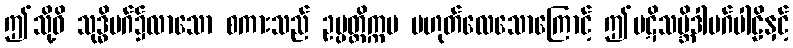
ဤသို့ဝိ သုဒ္ဓိမဂ်၌လာသော စကားသည် ဥပ္ပတ္တိက္ကမ မဟုတ်လေသောကြောင့် ဤပဋိသမ္ဘိဒါမဂ်ပါဠိနှင့်